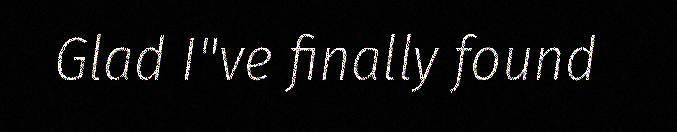
Glad I"ve finally found